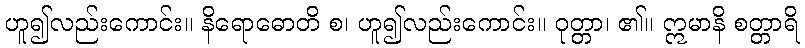
ဟူ၍လည်းကောင်း။ နိရောဓောတိ စ၊ ဟူ၍လည်းကောင်း။ ဝုတ္တာ၊ ၏။ ဣမာနိ စတ္တာရိ